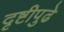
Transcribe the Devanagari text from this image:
दृष्टीपुढे